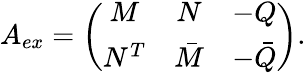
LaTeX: A_{ex}=\left(\begin{array}{ccc}{{M}}&{{N}}&{{-Q}}\\ {{N^{T}}}&{{\bar{M}}}&{{-\bar{Q}}}\end{array}\right).